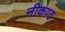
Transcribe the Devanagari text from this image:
नीकण्ठ